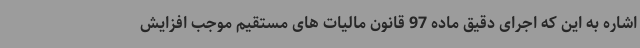
اشاره به این که اجرای دقیق ماده 97 قانون مالیات های مستقیم موجب افزایش